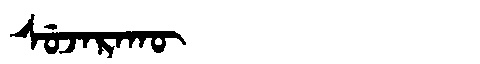
Manchu: ᠰᡠᠵᠠᡵᠠᡴᡡ
Romanization: SUJARAKŪ